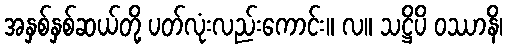
အနှစ်နှစ်ဆယ်တို့ ပတ်လုံးလည်းကောင်း။ လ။ သဋ္ဌိပိ ဝဿာနိ၊